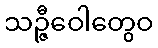
သဉ္ဇီဝေါတွေဝ